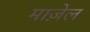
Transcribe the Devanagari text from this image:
माज़ेल